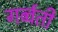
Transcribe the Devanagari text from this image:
गर्ब्वती